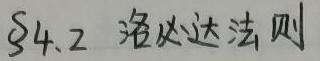
$\S 4.2$ 洛必达法则